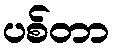
ပစ်တာ